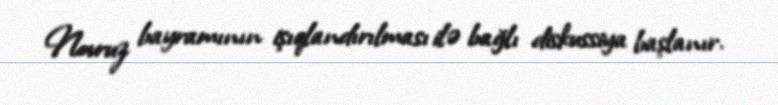
Novruz bayramının işıqlandırılması ilə bağlı diskussiya başlanır.